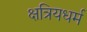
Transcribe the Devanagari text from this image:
क्षत्रियधर्म